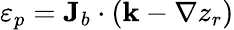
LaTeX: \varepsilon_{p}={\mathbf J}_{b}\cdot({\mathbf k}-\nabla z_{r})